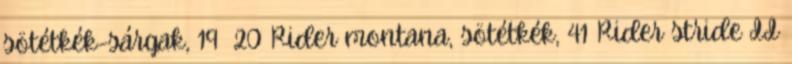
sötétkék-sárgak, 19 20 Rider montana, sötétkék, 41 Rider stride II